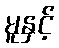
မူနှင့်